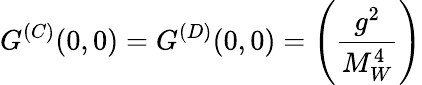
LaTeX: G^{(C)}(0,0)=G^{(D)}(0,0)=\left(\frac{g^{2}}{M_{W}^{4}}\right)